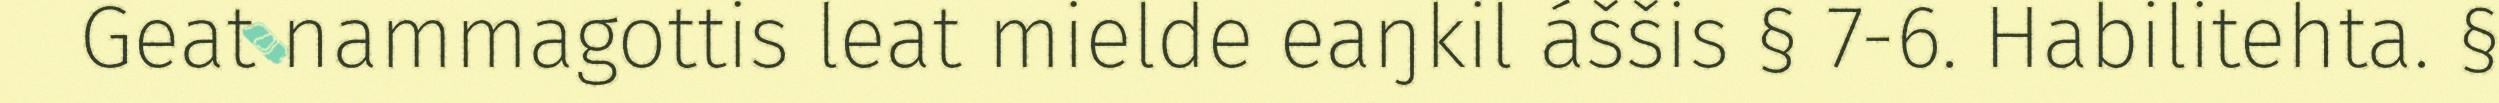
Geat nammagottis leat mielde eaŋkil áššis § 7-6. Habilitehta. §